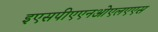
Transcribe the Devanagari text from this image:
इएसपीएएनओएलएएस